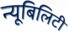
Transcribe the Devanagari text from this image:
न्यूबिलिटी